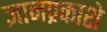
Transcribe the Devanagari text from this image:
ज्ञानप्रकाशे